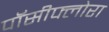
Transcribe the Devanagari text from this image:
पॉसीफ्लोरा